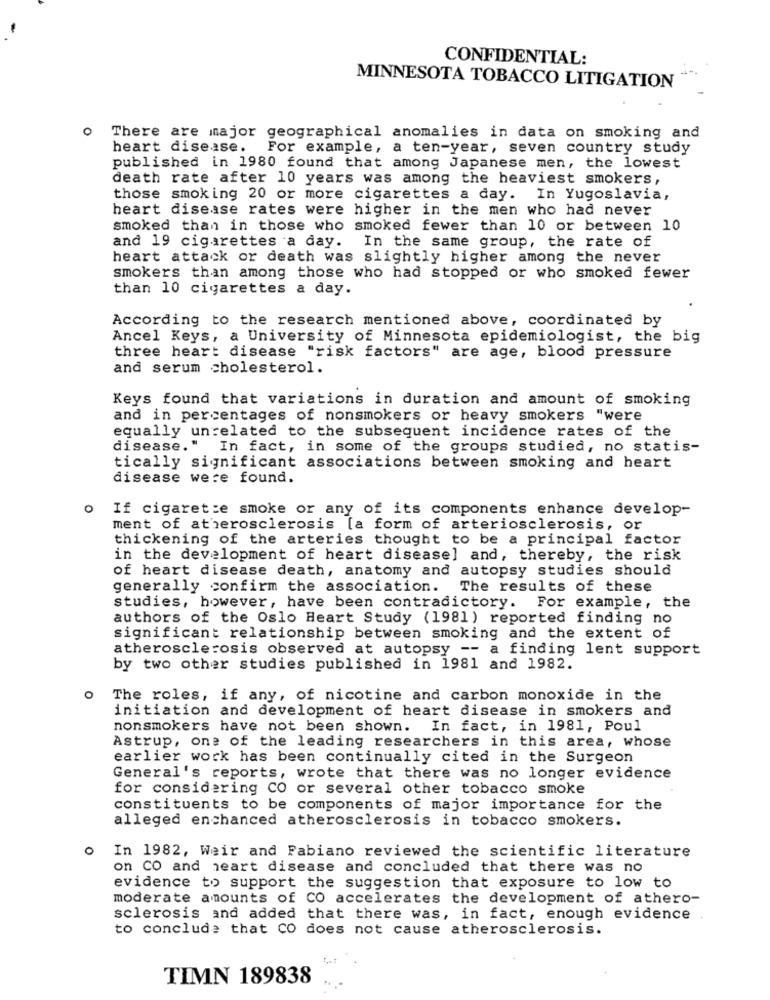
CONFIDENTIAL:
MINNESOTA TOBACCO LITIGATION
There are major geographical anomalies in data on smoking and
heart disease.
For example, a ten-year, seven country study
published in 1980 found that among Japanese men, the lowest
death rate after 10 years was among the heaviest smokers,
those smoking 20 or more cigarettes a day. In Yugoslavia,
heart disease rates were higher in the men who had never
smoked than in those who smoked fewer than 10 or between 10
and 19 cigarettes a day.
In the same group, the rate of
heart attack or death was slightly higher among the never
smokers than among those who had stopped or who smoked fewer
than 10 cigarettes a day.
According to the research mentioned above, coordinated by
Ancel Keys, a University of Minnesota epidemiologist, the big
three heart disease "risk factors" are age, blood pressure
and serum cholesterol.
Keys found that variations in duration and amount of smoking
and in percentages of nonsmokers or heavy smokers "were
equally unrelated to the subsequent incidence rates of the
disease." In fact, in some of the groups studied, no statis-
tically significant associations between smoking and heart
disease were found.
If cigarette smoke or any of its components enhance develop-
ment of atherosclerosis [a form of arteriosclerosis, or
thickening of the arteries thought to be a principal factor
in the development of heart disease] and, thereby, the risk
of heart disease death, anatomy and autopsy studies should
generally confirm the association.
The results of these
studies, however, have been contradictory. For example, the
authors of the Oslo Heart Study (1981) reported finding no
significant relationship between smoking and the extent of
atherosclerosis observed at autopsy -- a finding lent support
by two other studies published in 1981 and 1982.
o The roles, if any, of nicotine and carbon monoxide in the
initiation and development of heart disease in smokers and
nonsmokers have not been shown.
In fact, in 1981, Poul
Astrup, one of the leading researchers in this area, whose
earlier work has been continually cited in the Surgeon
General's reports, wrote that there was no longer evidence
for considering CO or several other tobacco smoke
constituents to be components of major importance for the
alleged enchanced atherosclerosis in tobacco smokers.
O
In 1982, Weir and Fabiano reviewed the scientific literature
on CO and heart disease and concluded that there was no
evidence to support the suggestion that exposure to low to
moderate amounts of CO accelerates the development of athero-
sclerosis and added that there was, in fact, enough evidence
to conclude that CO does not cause atherosclerosis.
TIMN 189838